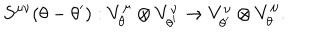
LaTeX: S ^ { \mu \nu } ( \theta - \theta ^ { \prime } ) : V _ { \theta } ^ { \mu } \otimes V _ { \theta ^ { \prime } } ^ { \nu } \rightarrow V _ { \theta ^ { \prime } } ^ { \nu } \otimes V _ { \theta } ^ { \mu } .